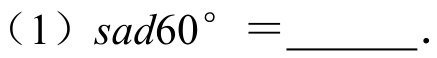
(1) \( \text{sad}60^{\circ}=\underline{\quad\quad}\).